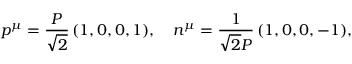
p ^ { \mu } = \frac { { \cal P } } { \sqrt { 2 } } \, ( 1 , 0 , 0 , 1 ) , \ \ \ n ^ { \mu } = \frac { 1 } { \sqrt { 2 } { \cal P } } \, ( 1 , 0 , 0 , - 1 ) ,